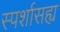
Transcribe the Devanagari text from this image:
स्पर्शासह्य